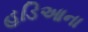
હડિઆના